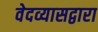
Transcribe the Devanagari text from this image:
वेदव्यासद्वारा